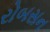
રોબસન